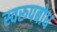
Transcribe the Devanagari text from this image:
स्वरूपबोध